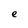
Character: e